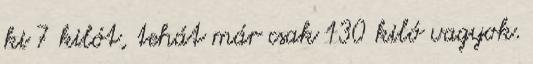
ki 7 kilót, tehát már csak 130 kiló vagyok.